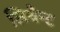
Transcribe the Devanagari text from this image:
लिवैन्ट